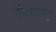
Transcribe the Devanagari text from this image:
रेगला